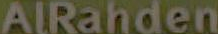
AlRahden